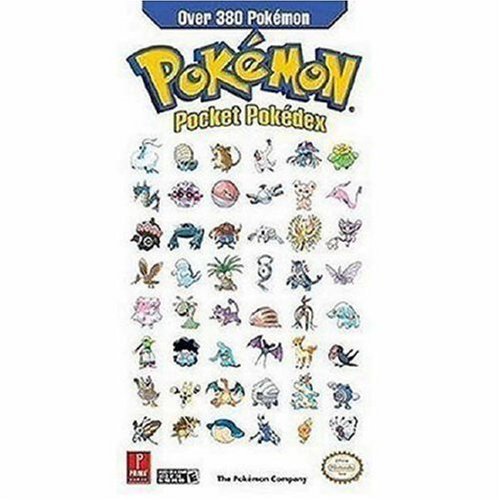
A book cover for Pokemon Pocket Pokedex (Prima Official Game Guide); Prima Games; Computers & Technology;